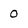
Character: 0